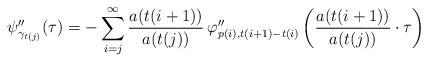
LaTeX: \begin{align*}\psi''_{\gamma_{t(j)}}(\tau)=-\sum_{i=j}^{\infty} \frac{a(t(i+1))}{a(t(j))}\,\varphi''_{p(i),t(i+1)-t(i)}\left(\frac{a(t(i+1))}{a(t(j))}\cdot \tau\right) \end{align*}